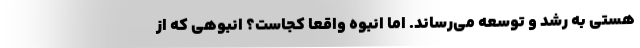
هستی به رشد و توسعه می‌رساند. اما انبوه واقعا کجاست؟ انبوهی که از